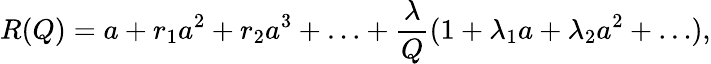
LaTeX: R(Q)=a+r_{1}a^{2}+r_{2}a^{3}+\ldots+\frac{\lambda}{Q}(1+\lambda_{1}a+\lambda_{2}a^{2}+\ldots),